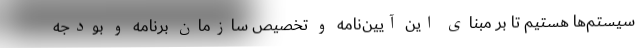
سیستم‌ها هستیم تا بر مبنای این آیین‌نامه و تخصیص سازمان برنامه و بودجه